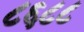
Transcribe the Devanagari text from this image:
८६८८